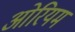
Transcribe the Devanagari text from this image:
ओरियम